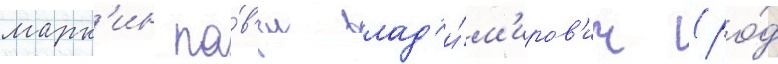
марк'ин па́в'ел влад'и́м'иров'ич (ро́д